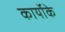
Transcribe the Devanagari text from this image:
कार्योके